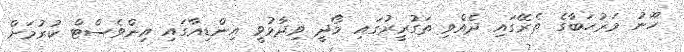
ހޫނު މަރުހަބާގެ ތެރޭގައި ދެއްވި ތަގުރީރުގައި މޯދީ ވިދާޅުވީ އިންޑިއާގައި އިންވެސްޓް ކުރުމަށް